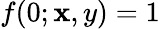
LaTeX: f(0;\mathbf{x},y)=1